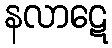
နလာဋေ